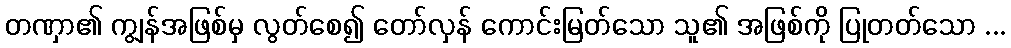
တဏှာ၏ ကျွန်အဖြစ်မှ လွတ်စေ၍ တော်လှန် ကောင်းမြတ်သော သူ၏ အဖြစ်ကို ပြုတတ်သော ...